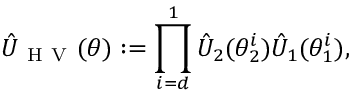
\hat { U } _ { \mathrm { ~ H ~ V ~ } } ( \theta ) : = \prod _ { i = d } ^ { 1 } \hat { U } _ { 2 } ( \theta _ { 2 } ^ { i } ) \hat { U } _ { 1 } ( \theta _ { 1 } ^ { i } ) ,